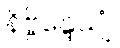
နိဗ္ဗိန္ဒေယျုံ